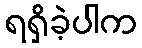
ရရှိခဲ့ပါက